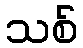
သစ်